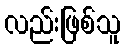
လည်းဖြစ်သူ